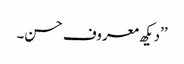
’’دیکھ معروف حسن۔